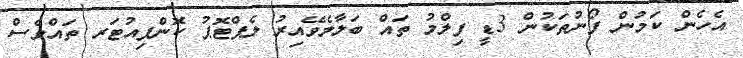
އެހެން ކަމުން ފޯނުތަކުން 3ޑީ ފިލްމު ތައް ބަލާލެވޭއިރު ލެޕްޓޮޕު ކޮންޕިއުޓަރ ތައްވެސް